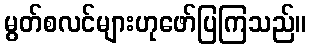
မွတ်စလင်များဟုဖော်ပြကြသည်။